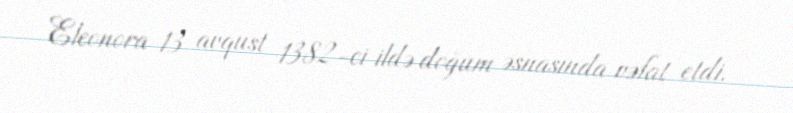
Eleonora 13 avqust 1382-ci ildə doğum əsnasında vəfat etdi.